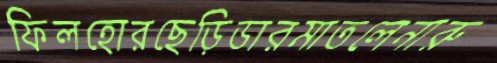
ফিলহোরছেড়িডারমাতলেনারু